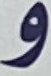
و